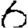
Digit: 6